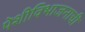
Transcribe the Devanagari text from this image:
पेशीविभाजनाची